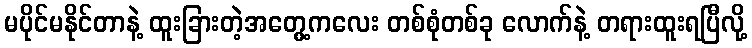
မပိုင်မနိုင်တာနဲ့ ထူးခြားတဲ့အတွေ့ကလေး တစ်စုံတစ်ခု လောက်နဲ့ တရားထူးရပြီလို့